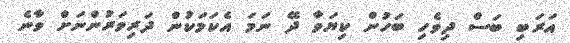
އަރަބި ބަސް ދިވެހި ބަހުން ކިޔަވާ ދޭ ނަމަ އެކަމަކުން ދަރިވަރުންނަށް ވާނެ